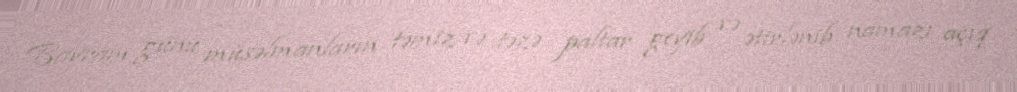
Bayram günü müsəlmanların təmiz və təzə paltar geyib və ətirlənib namazı açıq